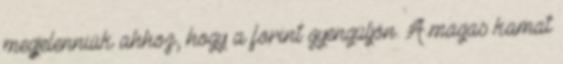
megjelenniük ahhoz, hogy a forint gyengüljön. A magas kamat